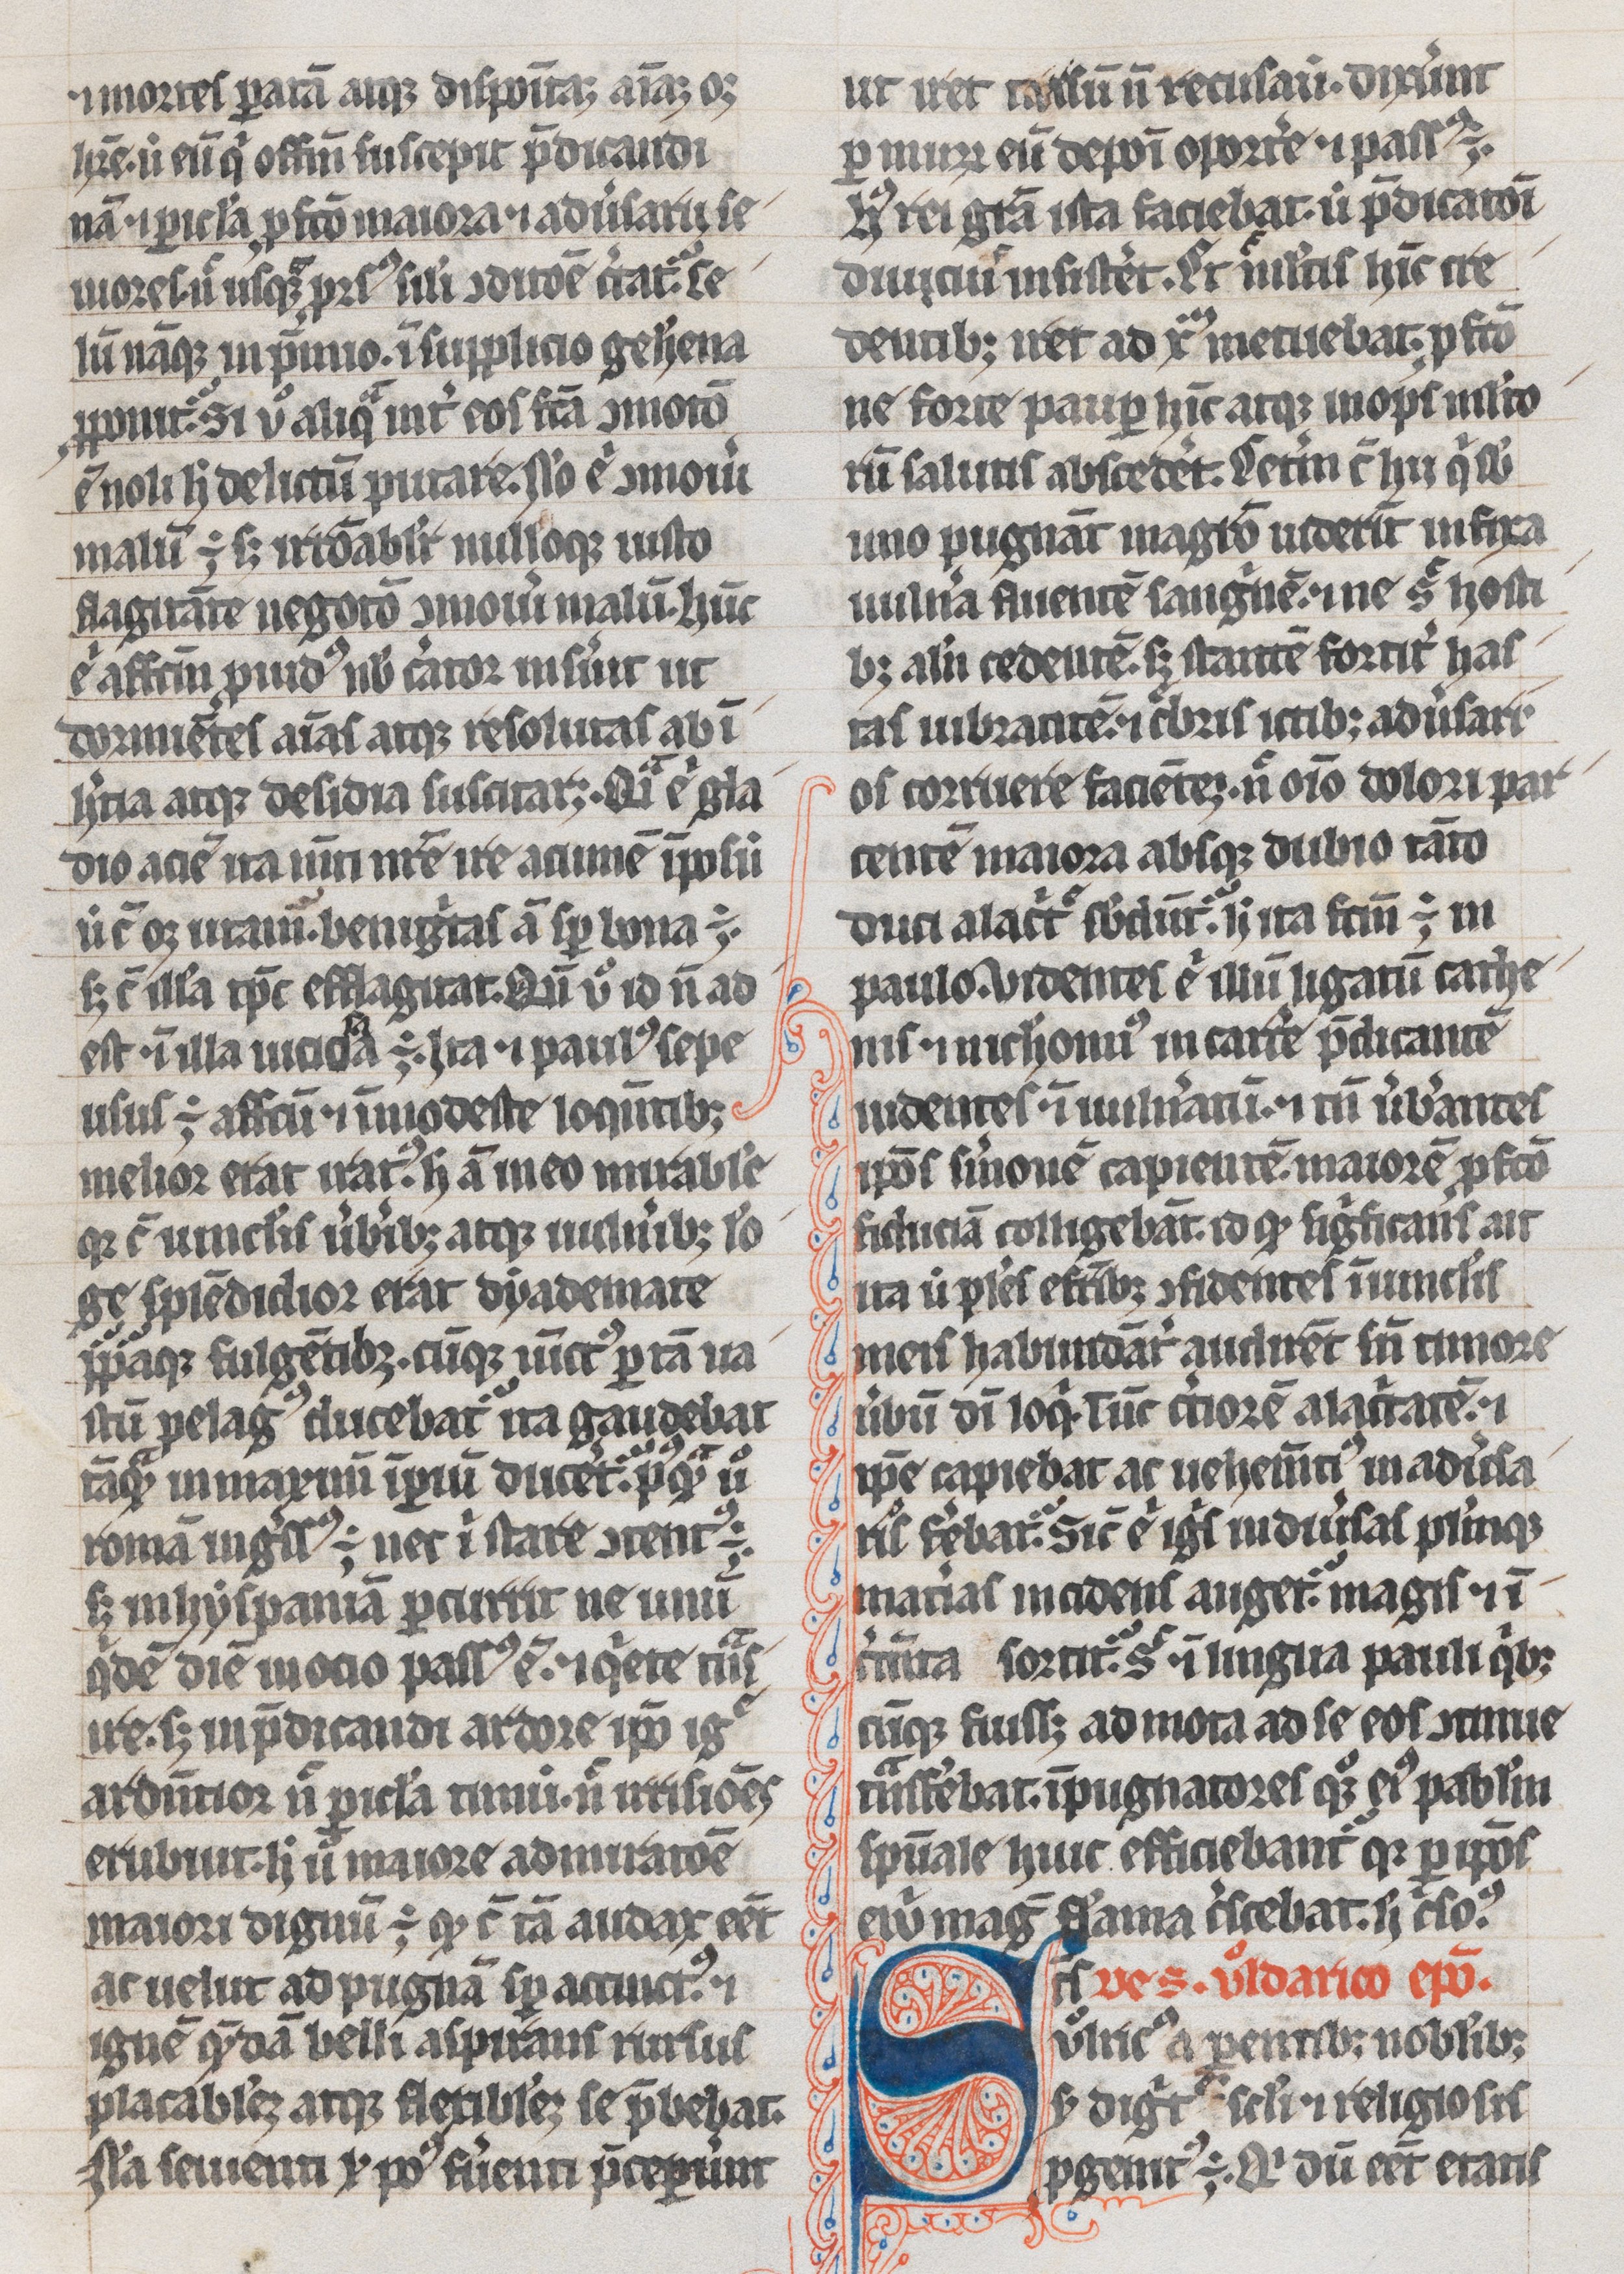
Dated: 1300–1399